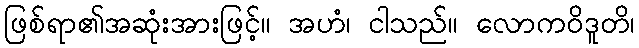
ဖြစ်ရာ၏အဆုံးအားဖြင့်။ အဟံ၊ ငါသည်။ လောကဝိဒူတိ၊